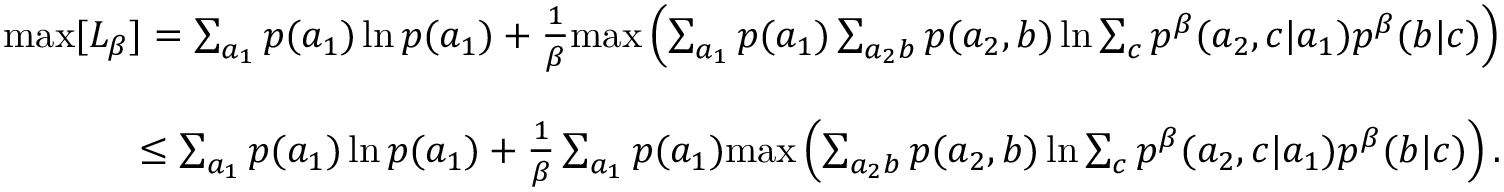
\begin{array} { r l r } & { } & { \mathrm { m a x } [ L _ { \beta } ] = \sum _ { a _ { 1 } } p ( a _ { 1 } ) \ln p ( a _ { 1 } ) + \frac { 1 } { \beta } \mathrm { m a x } \left( \sum _ { a _ { 1 } } p ( a _ { 1 } ) \sum _ { a _ { 2 } b } p ( a _ { 2 } , b ) \ln \sum _ { c } p ^ { \beta } ( a _ { 2 } , c | a _ { 1 } ) p ^ { \beta } ( b | c ) \right) } \\ & { } & \\ & { } & { \leq \sum _ { a _ { 1 } } p ( a _ { 1 } ) \ln p ( a _ { 1 } ) + \frac { 1 } { \beta } \sum _ { a _ { 1 } } p ( a _ { 1 } ) \mathrm { m a x } \left( \sum _ { a _ { 2 } b } p ( a _ { 2 } , b ) \ln \sum _ { c } p ^ { \beta } ( a _ { 2 } , c | a _ { 1 } ) p ^ { \beta } ( b | c ) \right) . } \end{array}